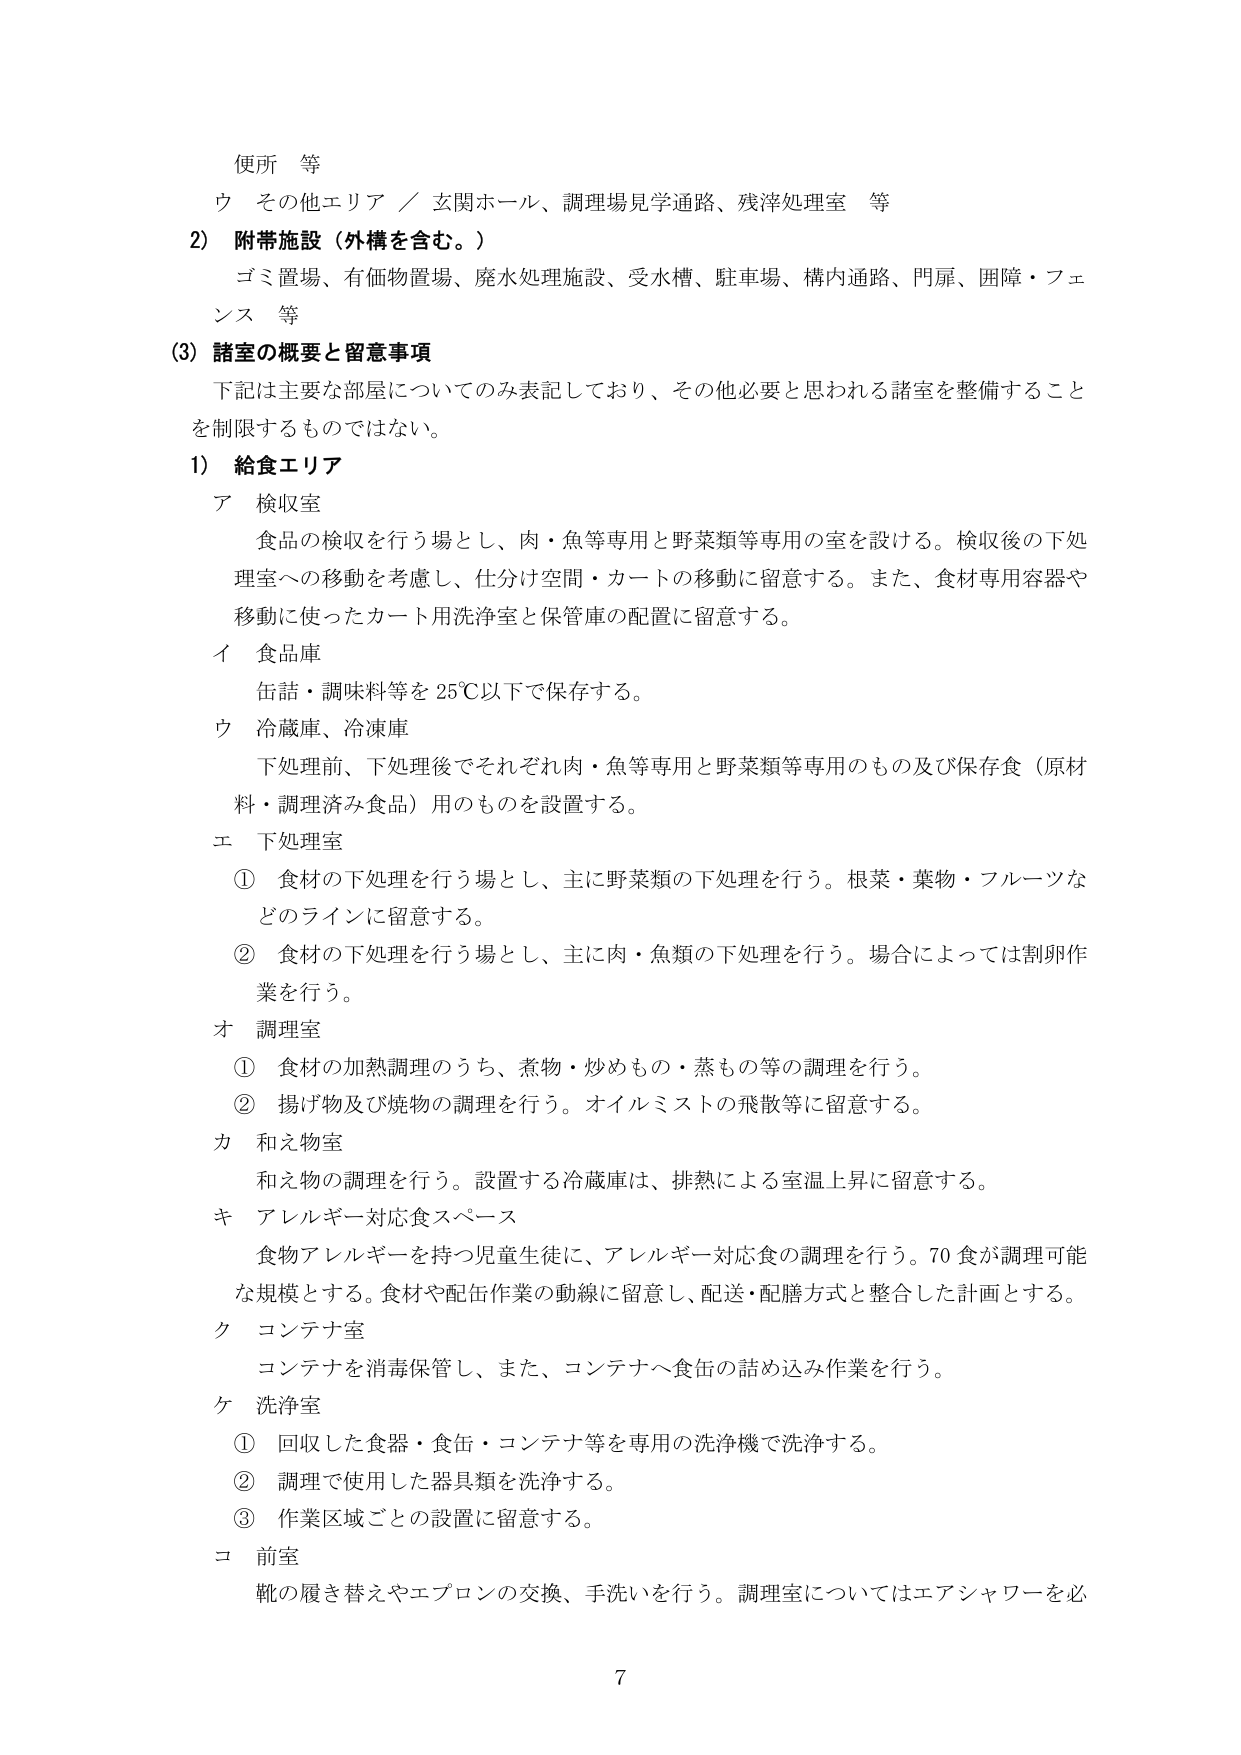
便所 等
ウ その他エリア ／ 玄関ホール、調理場見学通路、残滓処理室 等

2) 附帯施設（外構を含む。）
ゴミ置場、有価物置場、廃水処理施設、受水槽、駐車場、構内通路、門扉、囲障・フェンス 等

(3) 諸室の概要と留意事項
下記は主要な部屋についてのみ表記しており、その他必要と思われる諸室を整備することを制限するものではない。

1) 給食エリア
ア 検収室
食品の検収を行う場とし、肉・魚等専用と野菜類等専用の室を設ける。検収後の下処理室への移動を考慮し、仕分け空間・カートの移動に留意する。また、食材専用容器や移動に使ったカート用洗浄室と保管庫の配置に留意する。

イ 食品庫
缶詰・調味料等を 25℃以下で保存する。

ウ 冷蔵庫、冷凍庫
下処理前、下処理後でそれぞれ肉・魚等専用と野菜類等専用のもの及び保存食（原材料・調理済み食品）用のものを設置する。

エ 下処理室
① 食材の下処理を行う場とし、主に野菜類の下処理を行う。根菜・薬物・フルーツなどのラインに留意する。
② 食材の下処理を行う場とし、主に肉・魚類の下処理を行う。場合によっては割卵作業を行う。

オ 調理室
① 食材の加熱調理のうち、煮物・炒めもの・蒸もの等の調理を行う。
② 揚げ物及び焼物の調理を行う。オイルミストの飛散等に留意する。

カ 和え物室
和え物の調理を行う。設置する冷蔵庫は、排熱による室温上昇に留意する。

キ アレルギー対応食スペース
食物アレルギーを持つ児童生徒に、アレルギー対応食の調理を行う。70食が調理可能な規模とする。食材や配缶作業の動線に留意し、配送・配膳方式と整合した計画とする。

ク コンテナ室
コンテナを消毒保管し、また、コンテナへ食缶の詰め込み作業を行う。

ケ 洗浄室
① 回収した食器・食缶・コンテナ等を専用の洗浄機で洗浄する。
② 調理で使用した器具類を洗浄する。
③ 作業区域ごとの設置に留意する。

コ 前室
靴の履き替えやエプロンの交換、手洗いを行う。調理室についてはエアシャワーを必

7